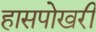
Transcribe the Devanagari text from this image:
हासपोखरी